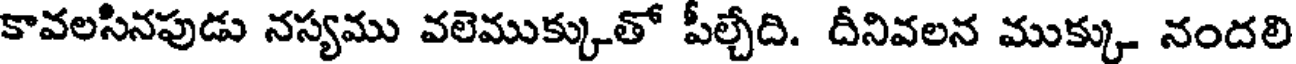
కావలసినపుడు నస్యము వలెముక్కుతో పీల్చేది. దీనివలన ముక్కు నందలి